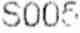
S005